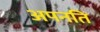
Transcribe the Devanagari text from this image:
अपनति